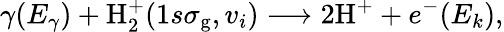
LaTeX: \gamma(E_{\gamma})+\mathrm{H}_{2}^{+}(1s\sigma_{\mathrm{g}},v_{i})\longrightarrow 2\mathrm{H}^{+}+e^{-}(E_{k}),